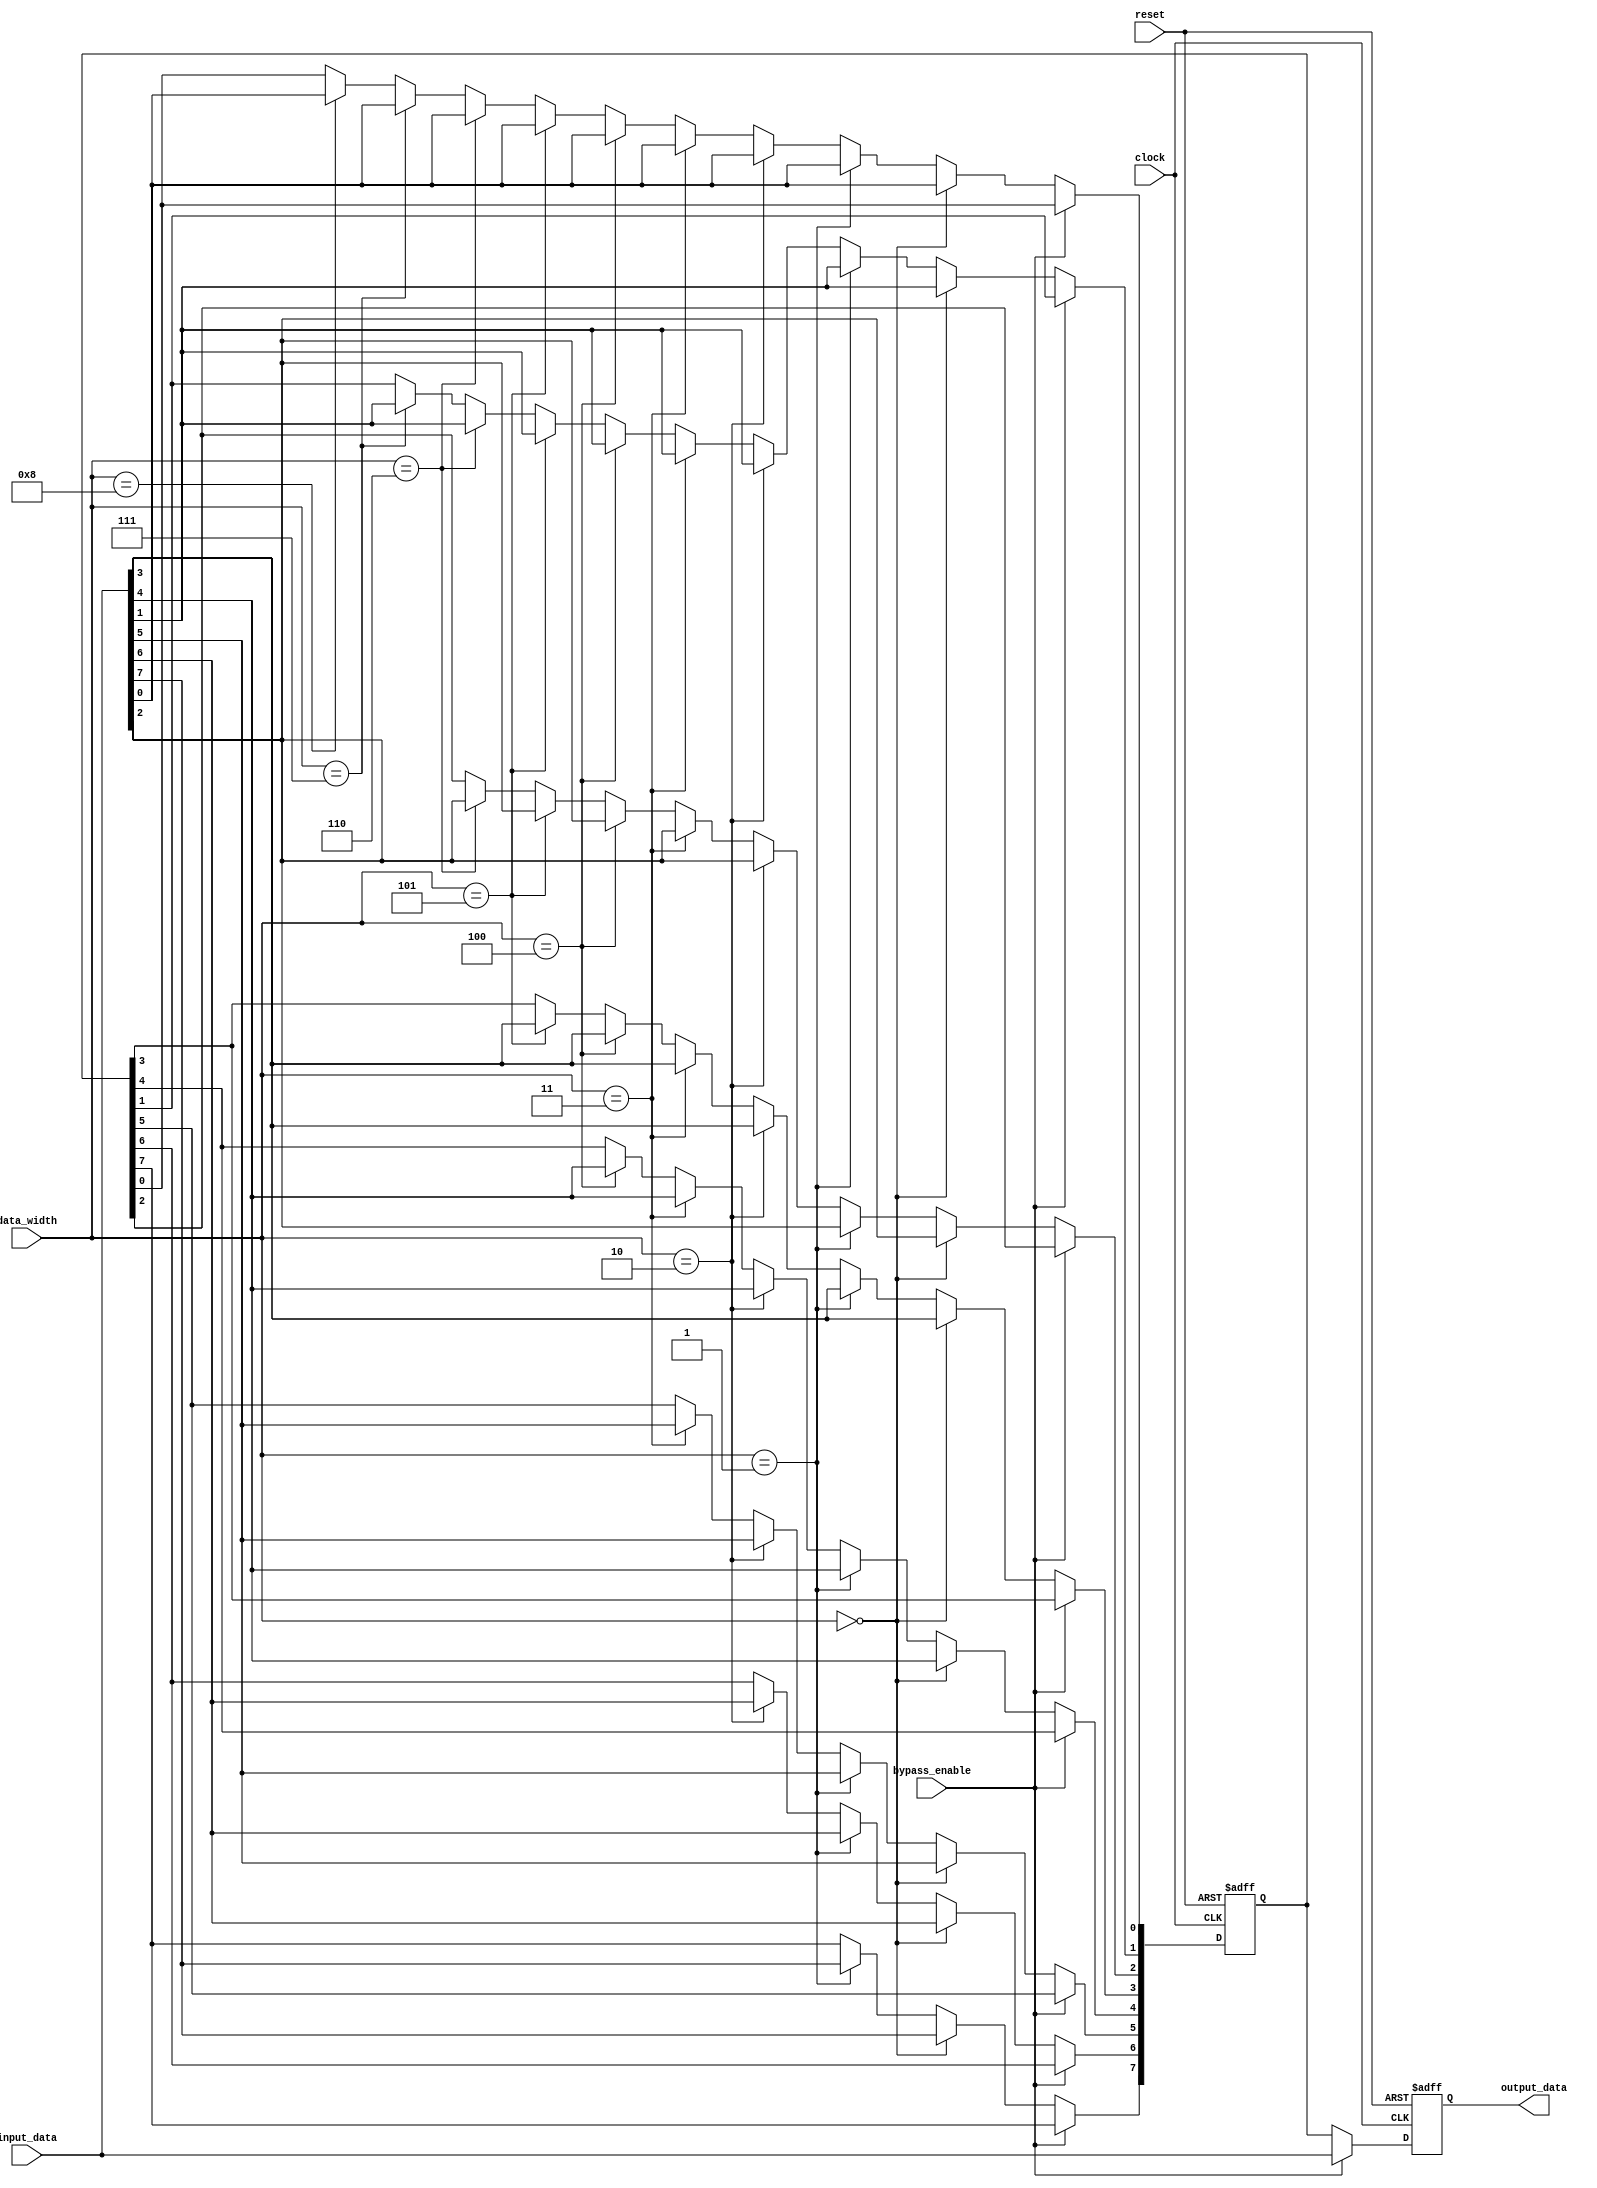
module VariableWidthBypassRegister (
    input wire clock,
    input wire reset,
    input wire bypass_enable,
    input wire [7:0] input_data,
    input wire [3:0] data_width,
    output reg [7:0] output_data
);

reg [7:0] internal_data;

always @(posedge clock or posedge reset) begin
    if (reset) begin
        internal_data <= 8'h00;
        output_data <= 8'h00;
    end else begin
        if (bypass_enable) begin
            output_data <= input_data;
        end else begin
            if (data_width == 4'h0) begin
                internal_data <= input_data;
            end else if (data_width == 4'h1) begin
                internal_data[7:0] <= input_data[7:0];
            end else if (data_width == 4'h2) begin
                internal_data[6:0] <= input_data[6:0];
            end else if (data_width == 4'h3) begin
                internal_data[5:0] <= input_data[5:0];
            end else if (data_width == 4'h4) begin
                internal_data[4:0] <= input_data[4:0];
            end else if (data_width == 4'h5) begin
                internal_data[3:0] <= input_data[3:0];
            end else if (data_width == 4'h6) begin
                internal_data[2:0] <= input_data[2:0];
            end else if (data_width == 4'h7) begin
                internal_data[1:0] <= input_data[1:0];
            end else if (data_width == 4'h8) begin
                internal_data[0] <= input_data[0];
            end
            output_data <= internal_data;
        end
    end
end

endmodule